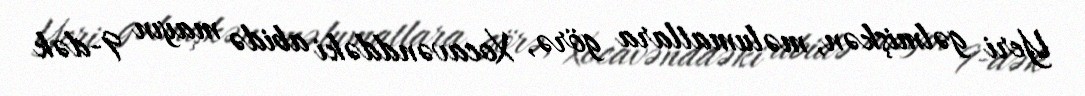
Yeri gəlmişkən, məlumatlara görə, Xocavənddəki abidə mayın 9-dək